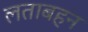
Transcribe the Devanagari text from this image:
लताबहन